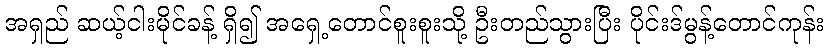
အရှည် ဆယ့်ငါးမိုင်ခန့် ရှိ၍ အရှေ့တောင်စူးစူးသို့ ဦးတည်သွားပြီး ပိုင်းဒ်မွန့်တောင်ကုန်း